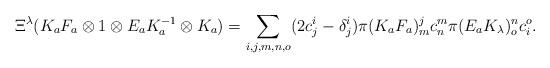
LaTeX: \begin{align*}\Xi^{\lambda}(K_{a}F_{a}\otimes1\otimes E_{a}K_{a}^{-1}\otimes K_{a})=\sum_{i,j,m,n,o}(2c_{j}^{i}-\delta_{j}^{i})\pi(K_{a}F_{a})_{m}^{j}c_{n}^{m}\pi(E_{a}K_{\lambda})_{o}^{n}c_{i}^{o}.\end{align*}